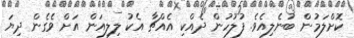
ކޮށްލަމުން ބުނެލިއެވެ. ފުލުހުން ދެއްކި އެއްޗާ އެކު ލިލިއަން އަށް ވެގެން ދިޔަ